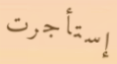
إستأجرت